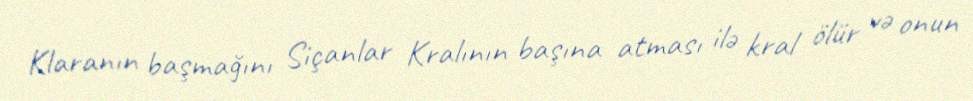
Klaranın başmağını Siçanlar Kralının başına atması ilə kral ölür və onun